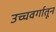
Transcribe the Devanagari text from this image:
उच्चवर्गातून